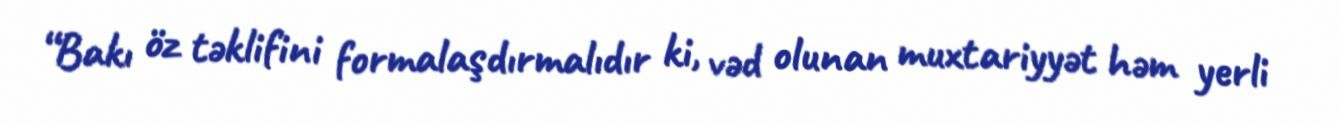
“Bakı öz təklifini formalaşdırmalıdır ki, vəd olunan muxtariyyət həm yerli